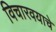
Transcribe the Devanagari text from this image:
विचारवयाचे